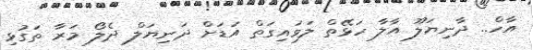
އާހް.. ދާނިޔަލޫ އާލާ ހަޅޭތް ލަވައިގަތް އަޑަށް ދަނިޔަލް ދެލޯ މަރާ ތަގުޅި